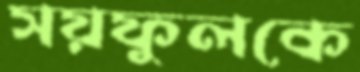
সয়ফুলকে